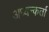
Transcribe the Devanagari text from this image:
अध्यन्कर्ता